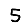
Digit: 5